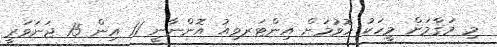
މި މަޤާމަށް މީހަކު ހޮވުމަށް އިންޓަރވިއު އޮންނާނީ 11 އިން 15 ޖަނަވަރީ